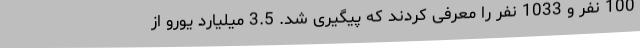
100 نفر و 1033 نفر را معرفی کردند که پیگیری شد. 3.5 میلیارد یورو از